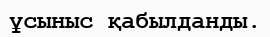
ұсыныс қабылданды.